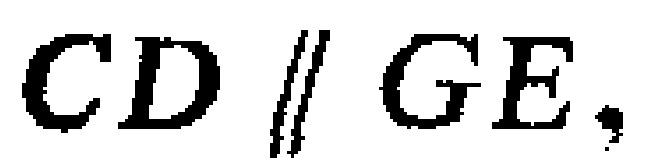
$CD \parallel GE$